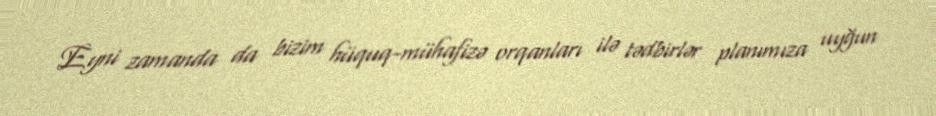
Eyni zamanda da bizim hüquq-mühafizə orqanları ilə tədbirlər planımıza uyğun